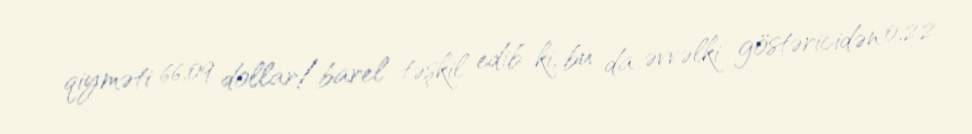
qiyməti 66,09 dollar/barel təşkil edib ki, bu da əvvəlki göstəricidən 0,22